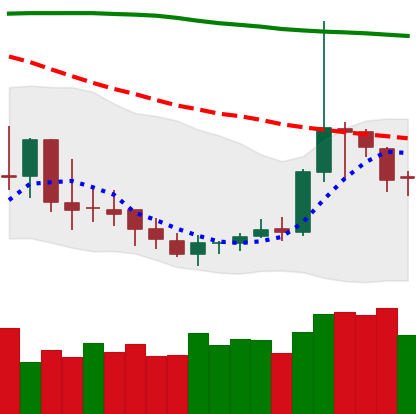
Ticker: DOGE-USD
Chart end date: 2019-09-22
Forward return: -14.313%
Label: down_7plus